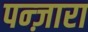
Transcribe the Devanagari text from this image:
पन्ज़ारा